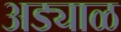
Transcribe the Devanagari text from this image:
अड्याळ